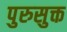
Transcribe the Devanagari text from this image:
पुरुसुक्त